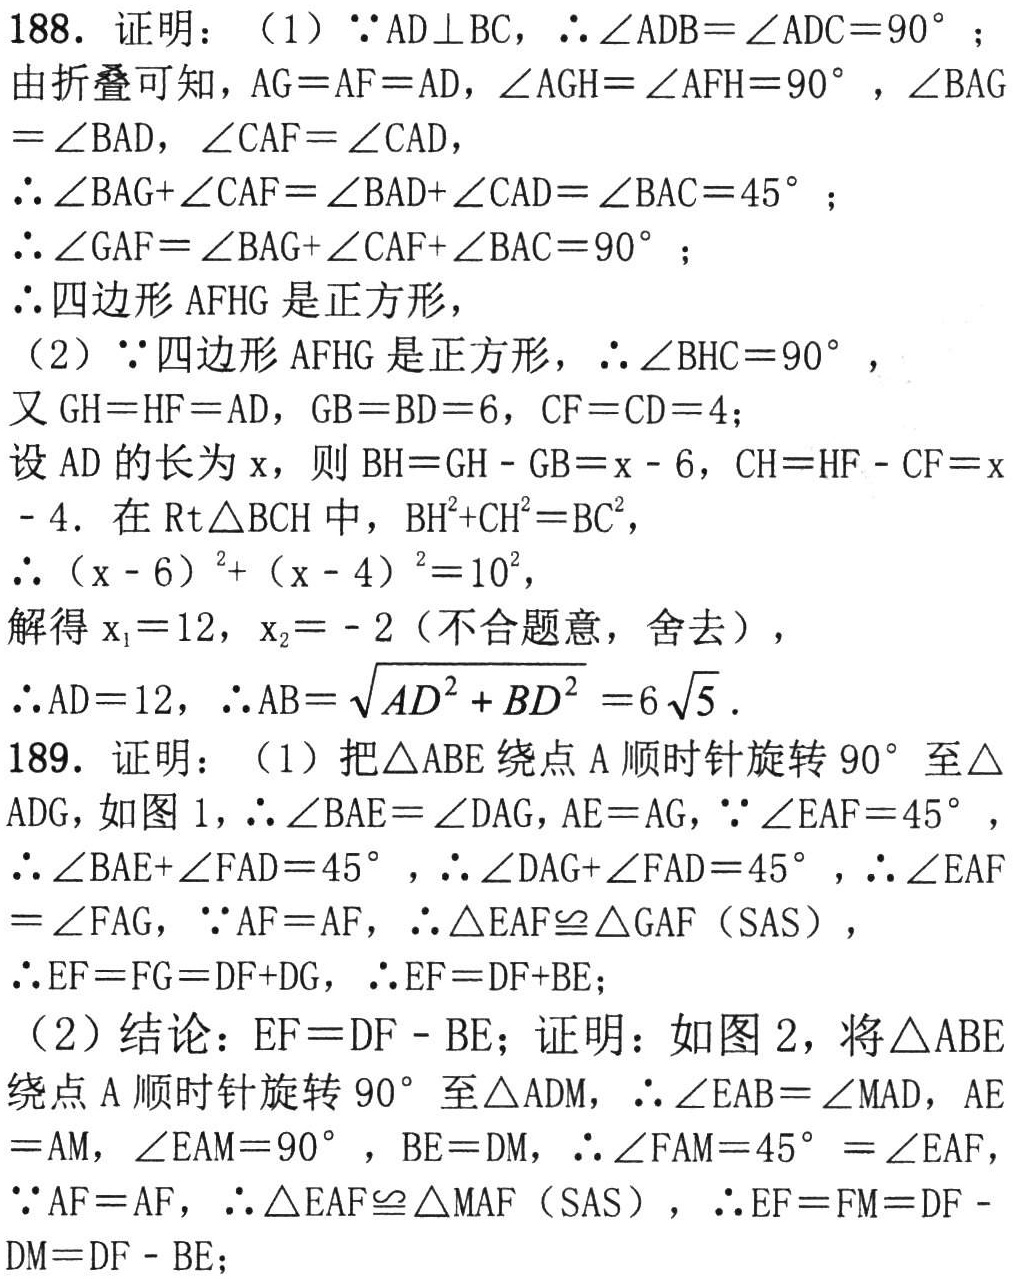
188. 证明：

（1）\(\because AD\perp BC\)，\(\therefore\angle ADB = \angle ADC = 90^{\circ}\)；

由折叠可知，\(AG = AF = AD\)，\(\angle AGH=\angle AFH = 90^{\circ}\)，\(\angle BAG=\angle BAD\)，\(\angle CAF=\angle CAD\)，

\(\therefore\angle BAG+\angle CAF=\angle BAD+\angle CAD=\angle BAC = 45^{\circ}\)；

\(\therefore\angle GAF=\angle BAG+\angle CAF+\angle BAC = 90^{\circ}\)；

\(\therefore\)四边形\(AFHG\)是正方形，

（2）\(\because\)四边形\(AFHG\)是正方形，\(\therefore\angle BHC = 90^{\circ}\)，

又\(GH = HF = AD\)，\(GB = BD = 6\)，\(CF = CD = 4\)；

设\(AD\)的长为\(x\)，则\(BH=GH - GB=x - 6\)，\(CH=HF - CF=x - 4\)．在\(Rt\triangle BCH\)中，\(BH^{2}+CH^{2}=BC^{2}\)，

\(\therefore(x - 6)^{2}+(x - 4)^{2}=10^{2}\)，

解得\(x_{1}=12\)，\(x_{2}=- 2\)（不合题意，舍去），

\(\therefore AD = 12\)，\(\therefore AB=\sqrt{AD^{2}+BD^{2}} = 6\sqrt{5}\)．

189. 证明：

（1）把\(\triangle ABE\)绕点\(A\)顺时针旋转\(90^{\circ}\)至\(\triangle ADG\)，如图1，\(\therefore\angle BAE=\angle DAG\)，\(AE = AG\)，\(\because\angle EAF = 45^{\circ}\)，

\(\therefore\angle BAE+\angle FAD = 45^{\circ}\)，\(\therefore\angle DAG+\angle FAD = 45^{\circ}\)，\(\therefore\angle EAF=\angle FAG\)，\(\because AF = AF\)，\(\therefore\triangle EAF\cong\triangle GAF\)（SAS），

\(\therefore EF = FG=DF + DG\)，\(\therefore EF = DF + BE\)；

（2）结论：\(EF = DF - BE\)；证明：如图2，将\(\triangle ABE\)绕点\(A\)顺时针旋转\(90^{\circ}\)至\(\triangle ADM\)，\(\therefore\angle EAB=\angle MAD\)，\(AE = AM\)，\(\angle EAM = 90^{\circ}\)，\(BE = DM\)，\(\therefore\angle FAM = 45^{\circ}=\angle EAF\)，

\(\because AF = AF\)，\(\therefore\triangle EAF\cong\triangle MAF\)（SAS），\(\therefore EF = FM=DF - DM=DF - BE\)；